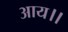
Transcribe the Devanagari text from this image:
आय।।